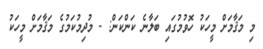
މި މަޤާމަށް މީހަކު ހޮވުމުގައި ބަލާނެ ކަންކަން: - މުދިމުކަމުގެ މަޤާމަށް މީހަކު